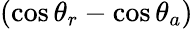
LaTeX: (\cos\theta_{r}-\cos\theta_{a})